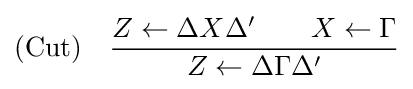
{\text{(Cut)}}\quad {Z\leftarrow \Delta X\Delta '\qquad X\leftarrow \Gamma  \over Z\leftarrow \Delta \Gamma \Delta '}